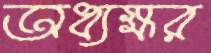
অধ্যক্ষর